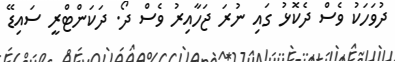
ދުވަހަކު ވެސް ދެކޮޅު ގައި ނުރަ ޖަހާއިރު ވެސް ދޯ. ދަކަންޓްރީ ސައިޑޭ